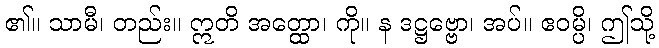
၏။ သာမီ၊ တည်း။ ဣတိ အတ္ထော၊ ကို။ န ဒဋ္ဌဗ္ဗော၊ အပ်။ ဧဝမ္ပိ၊ ဤသို့